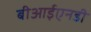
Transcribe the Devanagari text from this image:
बीआईएनडी